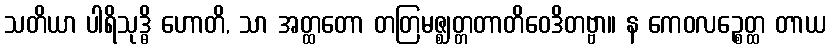
သတိယာ ပါရိသုဒ္ဓိ ဟောတိ, သာ အတ္ထတော တတြမဇ္ဈတ္တတာတိဝေဒိတဗ္ဗာ။ န ကေဝလဉ္စေတ္ထ တာယ